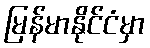
မြန်မာနိုင်ငံမှာ